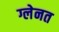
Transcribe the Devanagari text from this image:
ग्लेनत